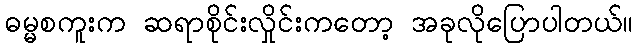
ဓမ္မစကူးက ဆရာစိုင်းလှိုင်းကတော့ အခုလိုပြောပါတယ်။